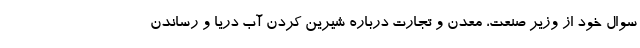
سوال خود از وزیر صنعت، معدن و تجارت درباره شیرین کردن آب دریا و رساندن